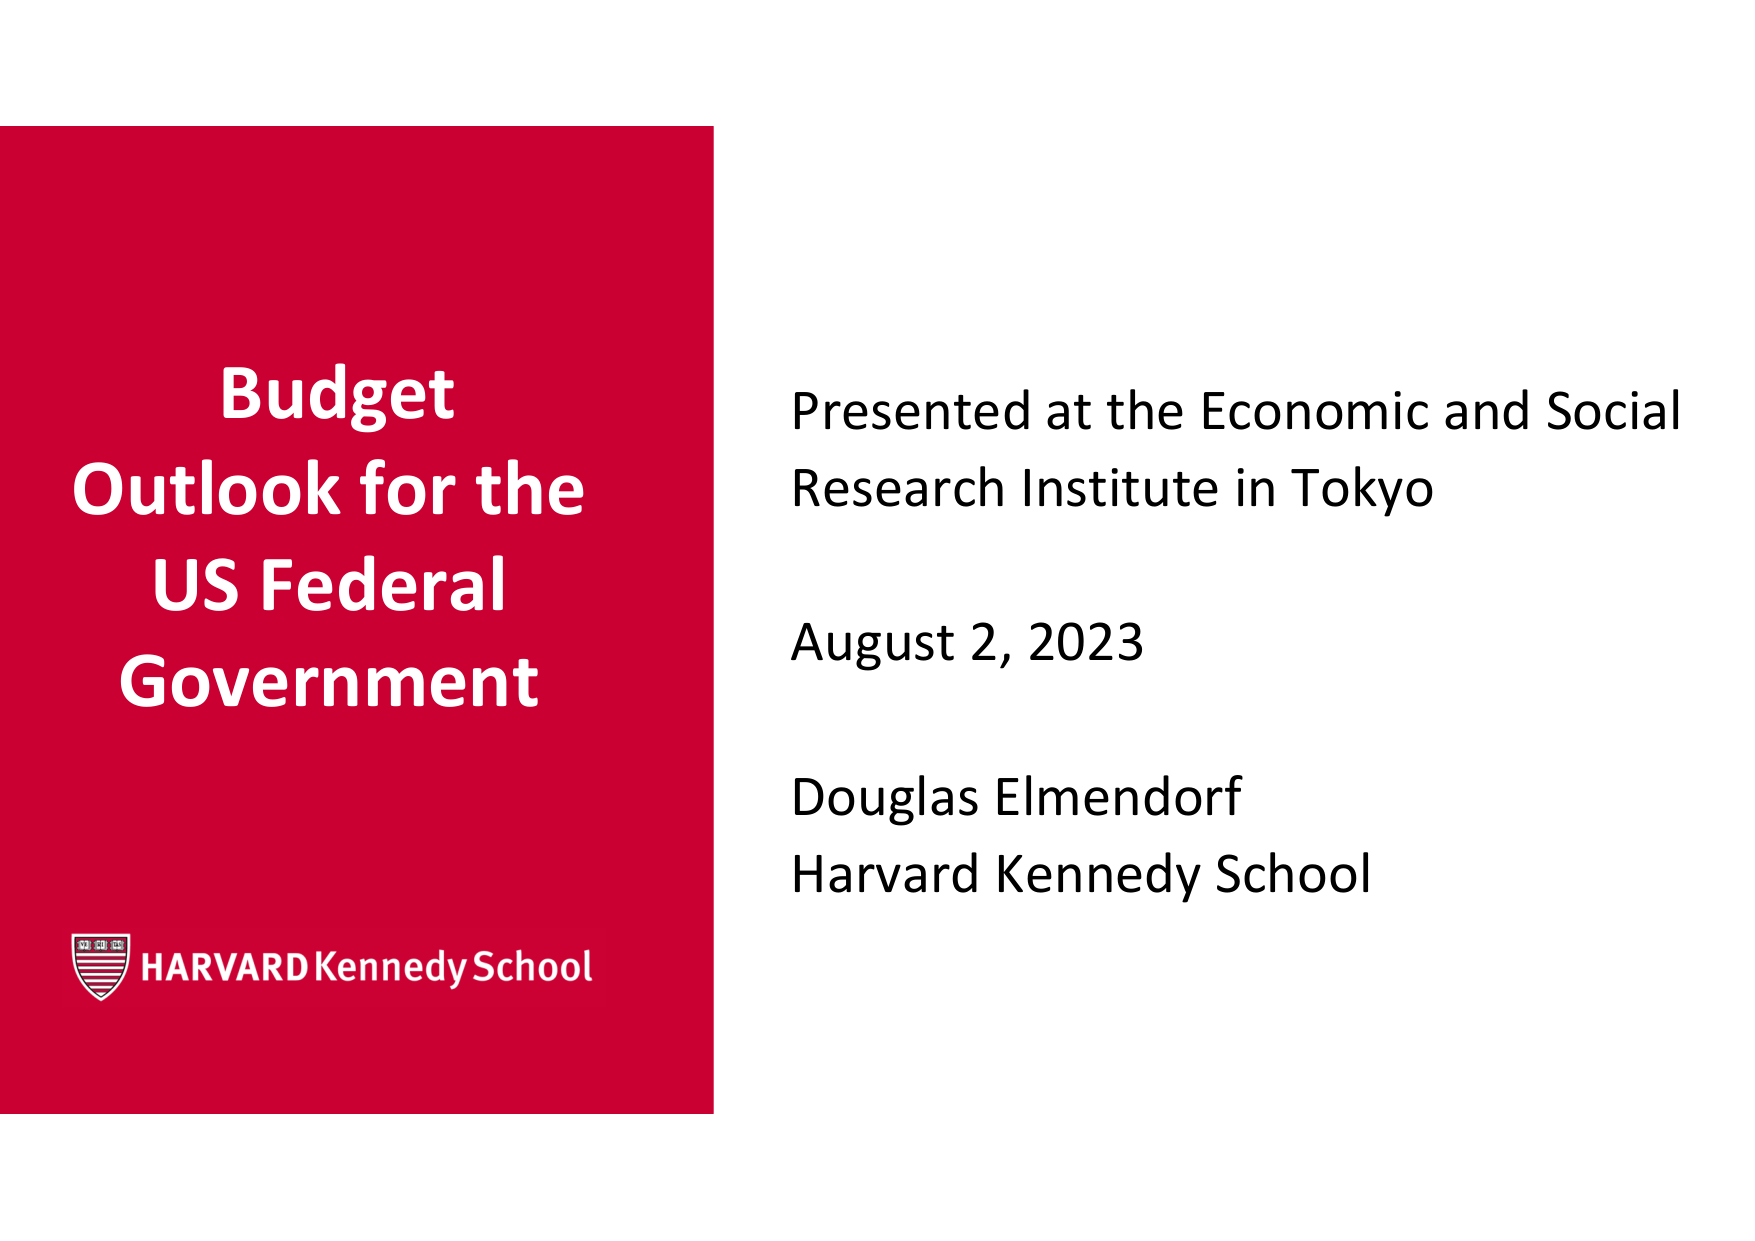
Budget
Outlook for the
US Federal
Government

HARVARD Kennedy School

Presented at the Economic and Social
Research Institute in Tokyo

August 2, 2023

Douglas Elmendorf
Harvard Kennedy School